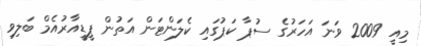
މިއީ 2009 ވަނަ އަހަރުގެ ސުޕާ ކަޕުގައި ކެލަންޓަން އަތުން ޕީޑީއާރުއެމް ބަލިވި